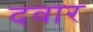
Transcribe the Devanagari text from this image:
दवार